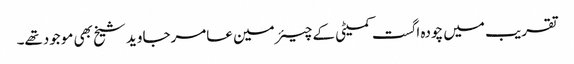
تقریب میں چودہ اگست کمیٹی کے چیئرمین عامرجاوید شیخ بھی موجودتھے۔